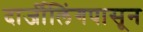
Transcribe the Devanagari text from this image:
दार्जीलिंगपासून